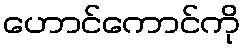
ဟောင်ကောင်ကို